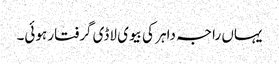
یہاں راجہ داہر کی بیوی لاڈی گرفتار ہوئی۔